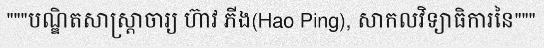
"""បណ្ឌិតសាស្ត្រាចារ្យ ហ៊ាវ ភីង(Hao Ping), សាកលវិទ្យាធិការនៃ"""